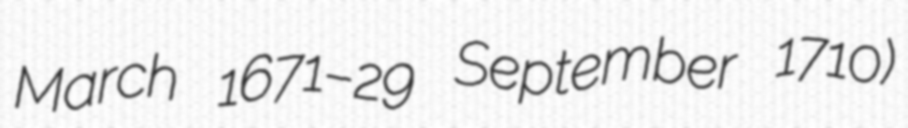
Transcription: March 1671–29 September 1710)